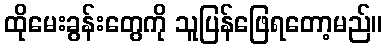
ထိုမေးခွန်းတွေကို သူပြန်ဖြေရတော့မည်။